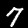
Label: 7